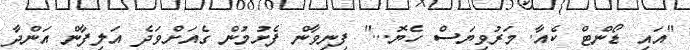
"އައި ޑޯންޓް ކެއާ. މަރުވިޔަސް ހެޔޮ..." ފިނިވާން ފެށުމުން ގެއަށްވަދެ އަލިފާން އަންދާ